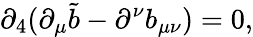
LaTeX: \partial_{4}(\partial_{\mu}\tilde{b}-\partial^{\nu}b_{\mu\nu})=0,